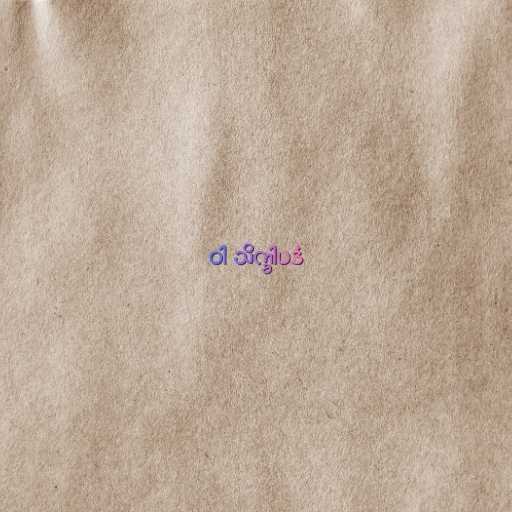
ဝါ သိက္ခါပဒံ